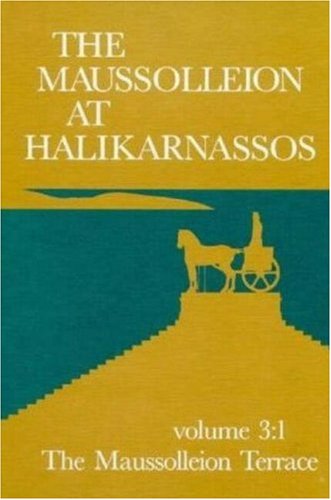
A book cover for The Maussolleion at Halikarnassos. Reports of the Danish Archaeological Expedition to Bodrum: 3 The Maussolleion Terrace and Accessory Structures (JUTLAND ARCH SOCIETY) (v. 3); Poul Pederson; History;